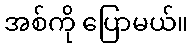
အစ်ကို ပြောမယ်။